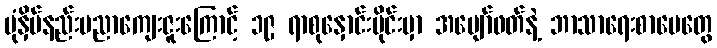
ပုံနှိပ်နည်းပညာကျေးဇူးကြောင့် ၁၉ ရာစုနှောင်းပိုင်းမှာ အပျော်ဖတ်နဲ့ ဘာသာရေးစာပေတွေ